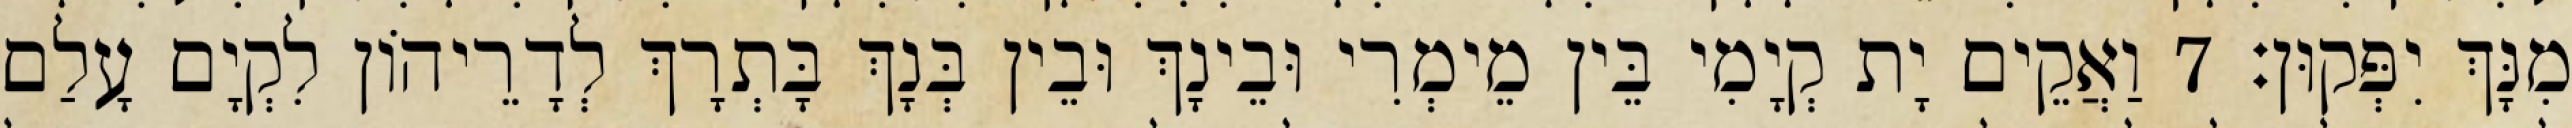
מִנָּךְ יִפְּקוּן׃ 7 וַאֲקֵים יָת קְיָמִי בֵּין מֵימְרִי וּבֵינָךְ וּבֵין בְּנָךְ בָּתְרָךְ לְדָרֵיהוֹן לִקְיָם עָלַם